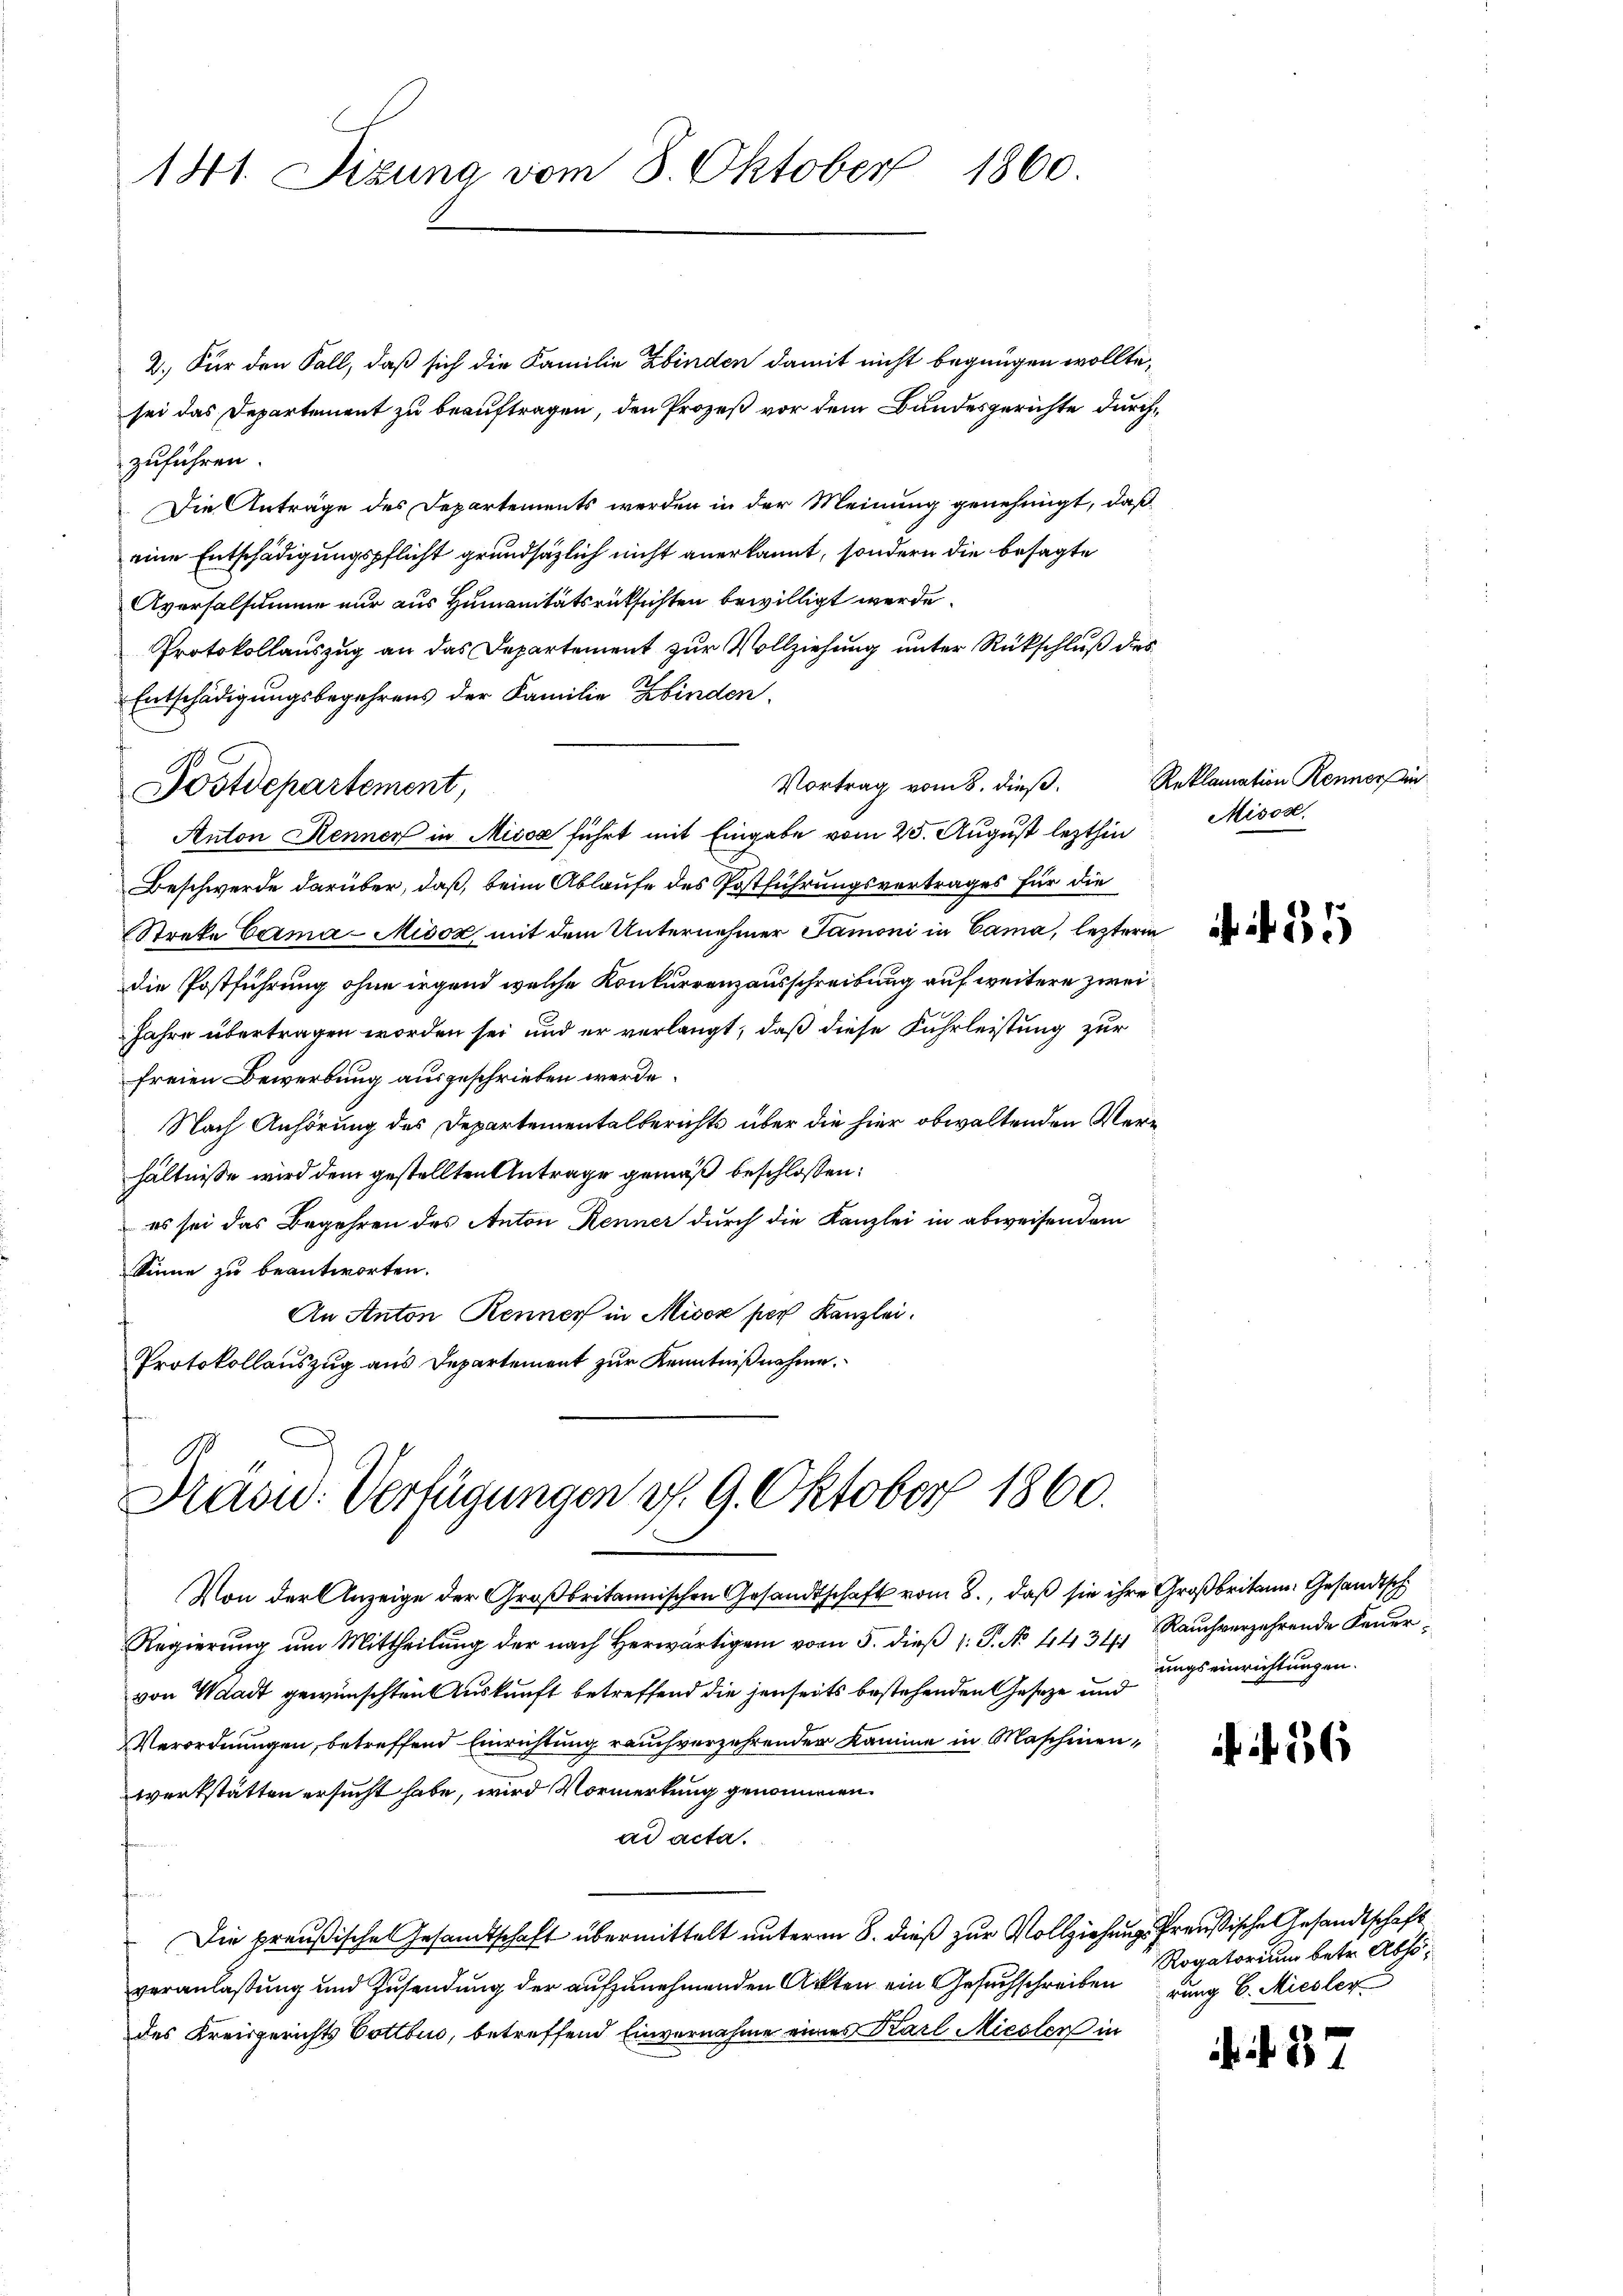
1860
141. Sizung vom 8. Oktober

2. Für den Fall, daß sich die Familie Kinden damit nicht begnügen wollte,
sei das Departement zu beauftragen, den Prozeß vor dem Bundesgerichte durchzuführen.
Die Anträge des Departements werden in der Meinung genehmigt, daß
eine Entschädigungspflicht grundsätzlich nicht anerkannt, sondern die besagte
Aversalsumme nur aus Humanitätsrüksichten bewilligt werde.
Protokollauszug an das Departement zur Vollziehung unter Rückschluß des
Entschädigungsbegehrens der Familie Kinden
Vortrag vom 8. dieß,
Anton Rennen in Misox führt mit Eingabe vom 25. August lezthin Missse
Beschwerde darüber, daß, beim Ablaufe des Postführungsvertrages für die
Strete Cama-Misox mit dem Unternehmer Tamoni in Cama, lezteren
die Postführung ohne irgend welche Konkurrenzausschreibung auf weitere zwei¬
Jahre übertragen worden sei und er verlangt, daß diese Fuhrleistung zur
freien Bewerbung ausgeschrieben werde.
Nach Anhörung des Departementalberichts über die hier obwaltenden Verhältnisse wird dem gestellten Antrage gemäß beschloßen:
 es sei das Begehren des Anton Renner durch die Kanzlei in abweisendem
Sinne zu beantworten.
An Anton Renner in Misox per Kanzlei.
Protokollauszug aus Departement zur Kenntnißnahme.

Postdepartement,

Von der Anzeige der Großbritannischen Gesandtschaft vom 8., daß sie ihre Großbritann. Gesandtsch
Regierung um Mittheilung der nach Herwärtigen vom 5. dieß 1: P. No. 4431/1
von Waadt gewünschten Auskunft betreffend die jenseits bestehenden Geseze und
Verordnungen, betreffend Einrichtung rauch verzehrender Kamme in Maschinenwerkstätten ersucht habe, wird Vormerkung genommen.
ad acta.

Die preußische Gesamtschaft übermittelt unterm 8. dieß zur Vollziehungs-Preußische Gesandtschaft
veranlaßung und Zusendung der aufzunehmenden Akten ein Gesuchschreiben
des Kreisgerichts Vottbus, betreffend Einvernahme eines Karl Miester in

Krasid. Verfügungen v. 9. Oktober 1860.

Reklamation Renner in

N. 31

Rauch verzehrende Feuerungseinrichtungen.

3

Rogatorium betr. Absorung C. Miesler

. . 37